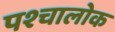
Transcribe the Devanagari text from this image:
पश्चालोक